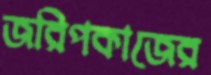
জরিপকাজের